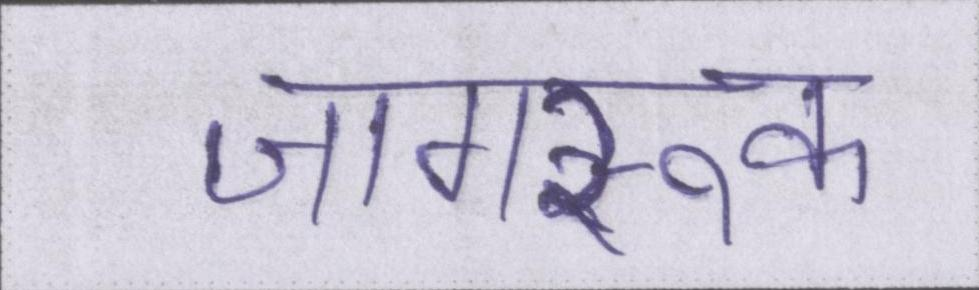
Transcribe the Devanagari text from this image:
जागरूक